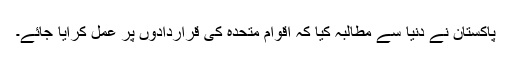
پاکستان نے دنیا سے مطالبہ کیا کہ اقوام متحدہ کی قراردادوں پر عمل کرایا جائے۔